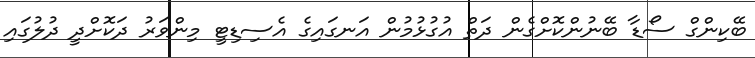
ބޭކިންގް ސޯޑާ ބޭނުންކޮށްގެން ދަތް އުގުޅުމުން އަނގައިގެ އެސިޑިޓީ މިންވަރު ދަކޮށްދީ ދުލުގައި